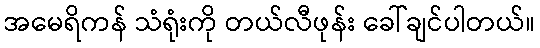
အမေရိကန် သံရုံးကို တယ်လီဖုန်း ခေါ်ချင်ပါတယ်။